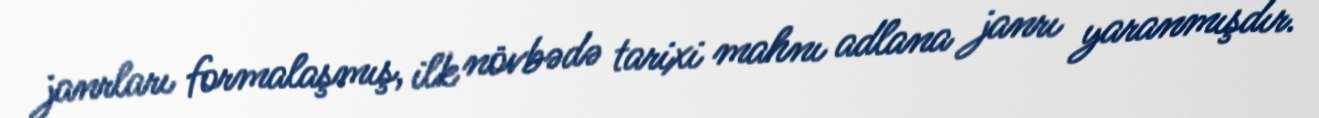
janrları formalaşmış, ilk növbədə tarixi mahnı adlana janrı yaranmışdır.